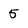
Character: 5